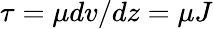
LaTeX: \tau=\mu dv/dz=\mu J